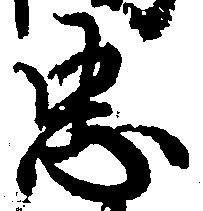
忠